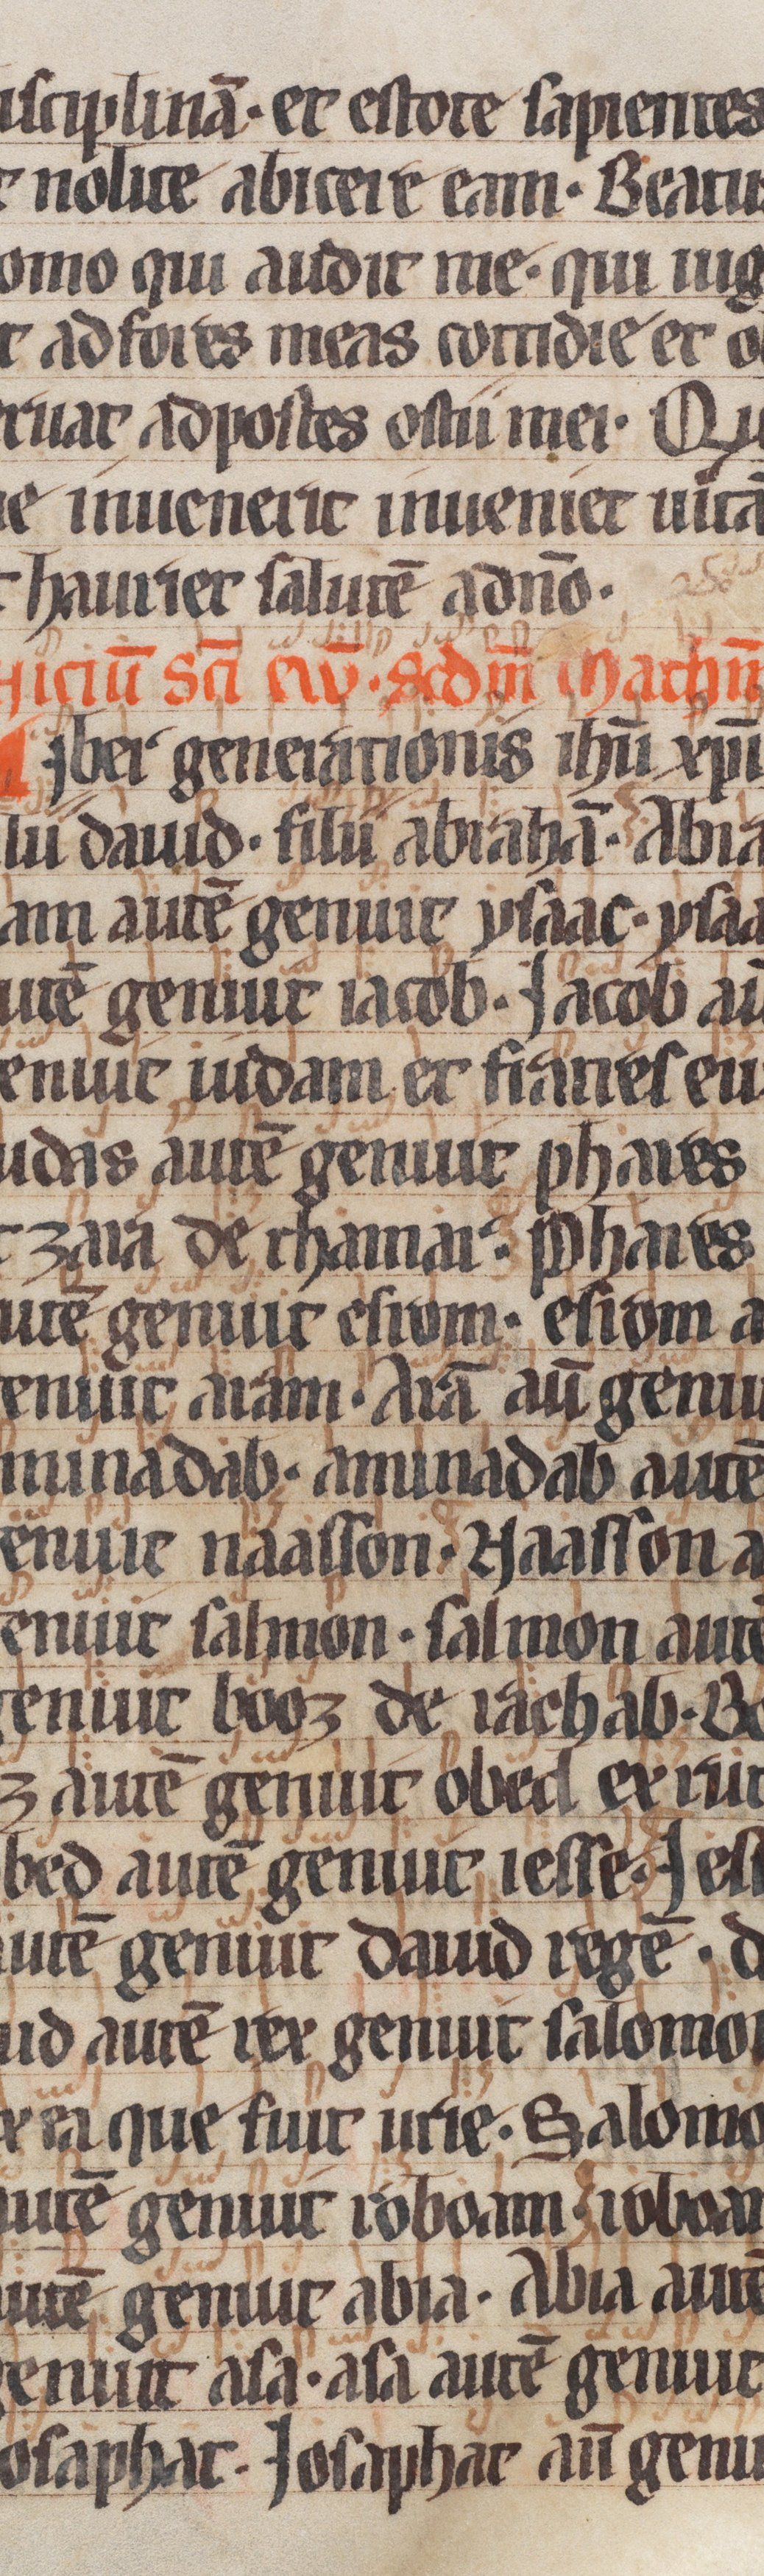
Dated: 1250–1299